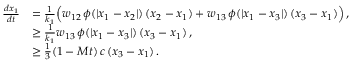
\begin{array} { r l } { \frac { d x _ { 1 } } { d t } } & { = \frac { 1 } { k _ { 1 } } \Big ( w _ { 1 2 } \, \phi ( | x _ { 1 } - x _ { 2 } | ) \, ( x _ { 2 } - x _ { 1 } ) + w _ { 1 3 } \, \phi ( | x _ { 1 } - x _ { 3 } | ) \, ( x _ { 3 } - x _ { 1 } ) \Big ) \, , } \\ & { \geq \frac { 1 } { k _ { 1 } } w _ { 1 3 } \, \phi ( | x _ { 1 } - x _ { 3 } | ) \, ( x _ { 3 } - x _ { 1 } ) \, , } \\ & { \geq \frac { 1 } { 3 } ( 1 - M t ) \, c \, ( x _ { 3 } - x _ { 1 } ) \, . } \end{array}